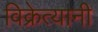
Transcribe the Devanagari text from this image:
विक्रेत्यानी